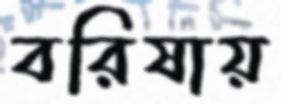
বরিষায়